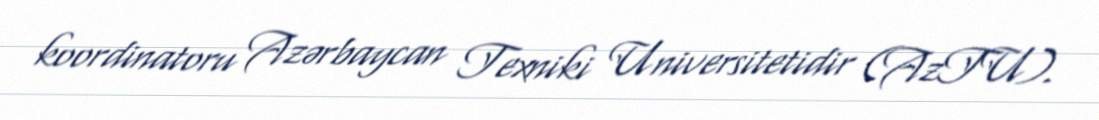
koordinatoru Azərbaycan Texniki Universitetidir (AzTU).